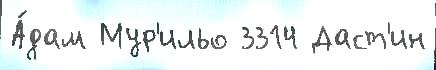
А́дам Мур'ильо 3314 Даст'ин